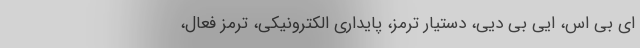
ای بی اس، ایی بی دیی، دستیار ترمز، پایداری الکترونیکی، ترمز فعال،